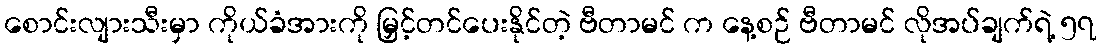
စောင်းလျားသီးမှာ ကိုယ်ခံအားကို မြှင့်တင်ပေးနိုင်တဲ့ ဗီတာမင် က နေ့စဉ် ဗီတာမင် လိုအပ်ချက်ရဲ့ ၅၇